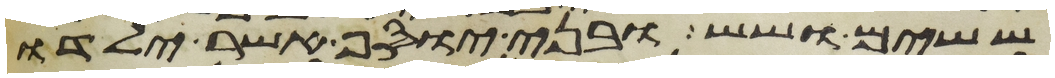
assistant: ששים ושש ובני יוסף אשר ילדו